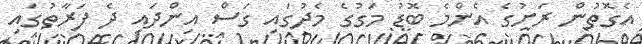
އެގޮތުން ރަށުގެ އެންމެ ބޮޑު މަގުގެ މެދުގައި ގަސް އިންދައި ދެ ފަރާތުގައި